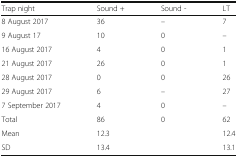
<table><thead><tr><td><b>Trap night</b></td><td><b>Sound +</b></td><td><b>Sound -</b></td><td><b>LT</b></td></tr></thead><tbody><tr><td>8 August 2017</td><td>36</td><td>–</td><td>7</td></tr><tr><td>9 August 17</td><td>10</td><td>0</td><td>–</td></tr><tr><td>16 August 2017</td><td>4</td><td>0</td><td>1</td></tr><tr><td>21 August 2017</td><td>26</td><td>0</td><td>1</td></tr><tr><td>28 August 2017</td><td>0</td><td>0</td><td>26</td></tr><tr><td>29 August 2017</td><td>6</td><td>–</td><td>27</td></tr><tr><td>7 September 2017</td><td>4</td><td>0</td><td>–</td></tr><tr><td>Total</td><td>86</td><td>0</td><td>62</td></tr><tr><td>Mean</td><td>12.3</td><td></td><td>12.4</td></tr><tr><td>SD</td><td>13.4</td><td></td><td>13.1</td></tr></tbody></table>